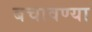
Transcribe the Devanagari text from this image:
बचावण्या